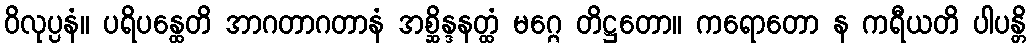
ဝိလုပ္ပနံ။ ပရိပန္ထေတိ အာဂတာဂတာနံ အစ္ဆိန္ဒနတ္ထံ မဂ္ဂေ တိဋ္ဌတော။ ကရောတော န ကရီယတိ ပါပန္တိ